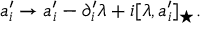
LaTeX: a _ { i } ^ { \prime } \rightarrow a _ { i } ^ { \prime } - \partial _ { i } ^ { \prime } \lambda + i [ \lambda , a _ { i } ^ { \prime } ] _ { \star } .